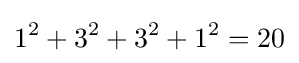
1^{2}+3^{2}+3^{2}+1^{2}=20